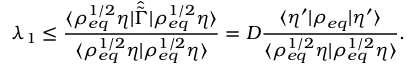
\lambda _ { 1 } \le \frac { \langle \rho _ { e q } ^ { 1 / 2 } \eta \rvert \hat { \tilde { \Gamma } } \lvert \rho _ { e q } ^ { 1 / 2 } \eta \rangle } { \langle \rho _ { e q } ^ { 1 / 2 } \eta \rvert \rho _ { e q } ^ { 1 / 2 } \eta \rangle } = D \frac { \langle \eta ^ { \prime } \rvert \rho _ { e q } \lvert \eta ^ { \prime } \rangle } { \langle \rho _ { e q } ^ { 1 / 2 } \eta \rvert \rho _ { e q } ^ { 1 / 2 } \eta \rangle } .